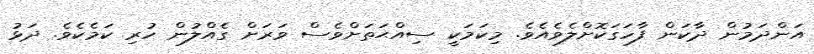
އަންދަމުން ދާކަން ފާހަގަކޮށްލެވެއެވެ. މިކަމަކީ ސިއްޙަތަށްވެސް ވަރަށް ގެއްލުން ހުރި ކަމެކެވެ. ދަޅު